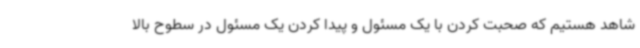
شاهد هستیم که صحبت کردن با یک مسئول و پیدا کردن یک مسئول در سطوح بالا